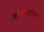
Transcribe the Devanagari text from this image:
जानोमाल